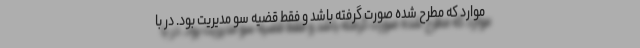
موارد که مطرح شده صورت گرفته باشد و فقط قضیه سو مدیریت بود. در با